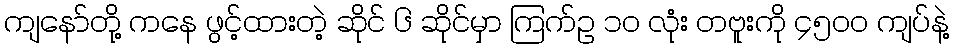
ကျနော်တို့ ကနေ ဖွင့်ထားတဲ့ ဆိုင် ၆ ဆိုင်မှာ ကြက်ဥ ၁၀ လုံး တဗူးကို ၄၅၀၀ ကျပ်နဲ့